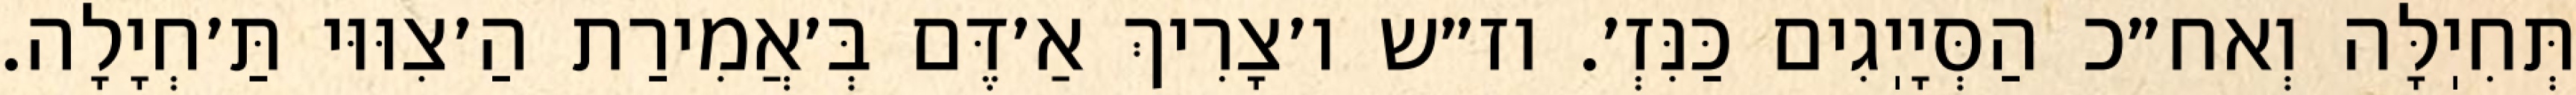
תְּחִיֽלָּה וְאח״כ הַסְּיָיֽגִים כַּנִּזְ׳. וז״ש ו׳צָרִיךְ אַ׳דֶּם בְּ׳אֲמִירַת הַ׳צִוּוּי תַּ׳חְיָלָה.